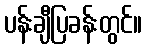
ပန်းချီပြခန်းတွင်။